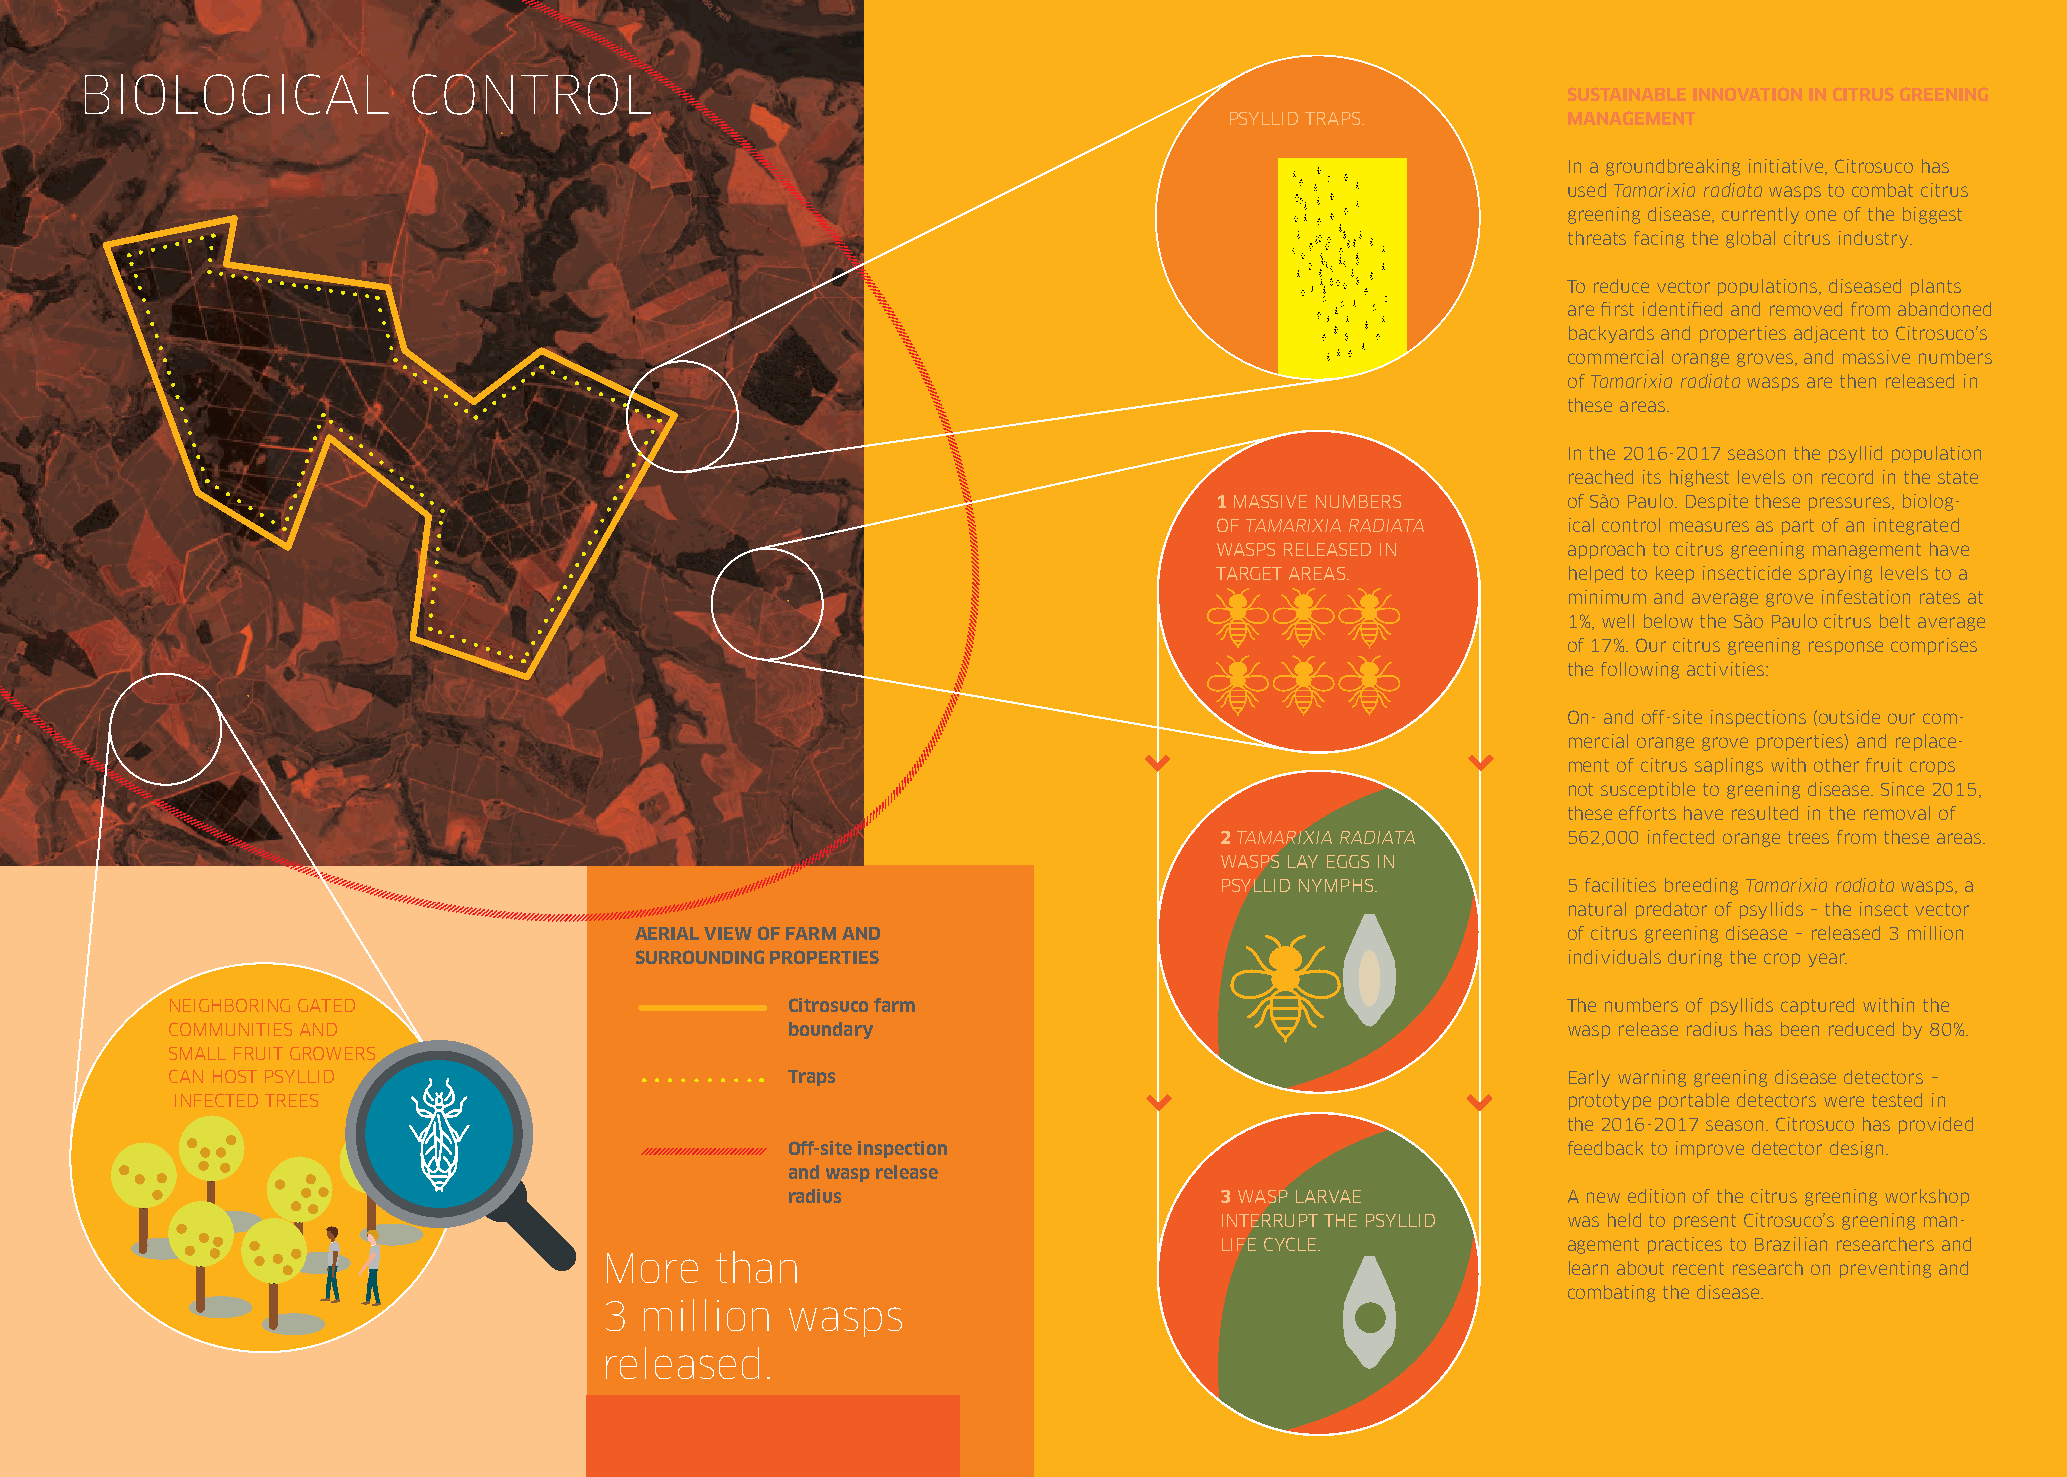
BIOLOGICAL            CONTROL
 SUSTAINABLE INNOVATION IN CITRUS GREENING
 PSYLLID TRAPS.         MANAGEMENT
 In a groundbreaking initiative, Citrosuco has
 used Tamarixia radiata wasps to combat citrus
 greening disease, currently one of the biggest
 threats facing the global citrus industry.
 To reduce vector populations, diseased plants
 are first identified and removed from abandoned
 backyards and properties adjacent to Citrosuco’s
 commercial orange groves, and massive numbers
 of Tamarixia radiata wasps are then released in
 these areas.
 In the 2016-2017 season the psyllid population
 reached its highest levels on record in the state
 1 MASSIVE NUMBERS      of São Paulo. Despite these pressures, biolog-
 OF TAMARIXIA RADIATA   ical control measures as part of an integrated
 WASPS RELEASED IN      approach to citrus greening management have
 TARGET AREAS.          helped to keep insecticide spraying levels to a
 minimum and average grove infestation rates at
 1%, well below the São Paulo citrus belt average
 of 17%. Our citrus greening response comprises
 the following activities:
 On- and off-site inspections (outside our com-
 mercial orange grove properties) and replace-
 ment of citrus saplings with other fruit crops
 not susceptible to greening disease. Since 2015,
 these efforts have resulted in the removal of
 2 TAMARIXIA RADIATA    562,000 infected orange trees from these areas.
 WASPS LAY EGGS IN
 PSYLLID NYMPHS.        5 facilities breeding Tamarixia radiata wasps, a
 natural predator of psyllids – the insect vector
 AERIAL VIEW OF FARM AND                                       of citrus greening disease – released 3 million
 SURROUNDING PROPERTIES                                        individuals during the crop year.
 NEIGHBORING GATED                        Citrosuco farm                                      The numbers of psyllids captured within the
 COMMUNITIES AND                          boundary                                            wasp release radius has been reduced by 80%.
 SMALL FRUIT GROWERS
 CAN HOST PSYLLID                         Traps                                               Early warning greening disease detectors –
 INFECTED TREES                                                                              prototype portable detectors were tested in
 the 2016-2017 season. Citrosuco has provided
 Off-site inspection                                 feedback to improve detector design.
 and wasp release
 radius                       3 WASP LARVAE          A new edition of the citrus greening workshop
 INTERRUPT THE PSYLLID  was held to present Citrosuco’s greening man-
 LIFE CYCLE.            agement practices to Brazilian researchers and
 More   than
 learn about recent research on preventing and
 combating the disease.
 3 million   wasps
 released.